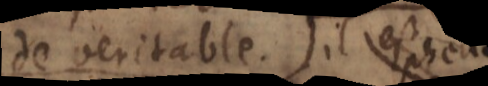
de veritable. In L